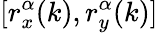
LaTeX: [r_{x}^{\alpha}(k),r_{y}^{\alpha}(k)]